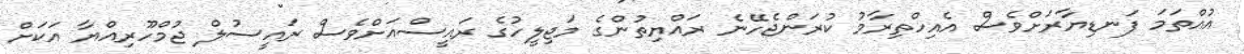
އުއްތަމަ ފަނޑިޔާރަށްވެސް އެއިހްތިރާމު ކުރަންޖެހޭނެ ރައްޔިތުންގެ މަޖިލީހުގެ ރައީސްއަށްވެސް ރައީސުލް ޖުމްހޫރިއްޔާ އަކަށް